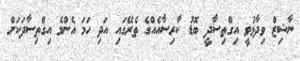
ނާޝިޒް ވިދާޅުވީ އިގްތިސާދީ ބޮޑު ކާރިސާއެއްގެ ތެރޭގައި އަދި ހަމަ އެންމެ އިގްތިސާދަކަށް